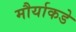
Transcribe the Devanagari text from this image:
मौर्याकडे